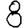
Digit: 8